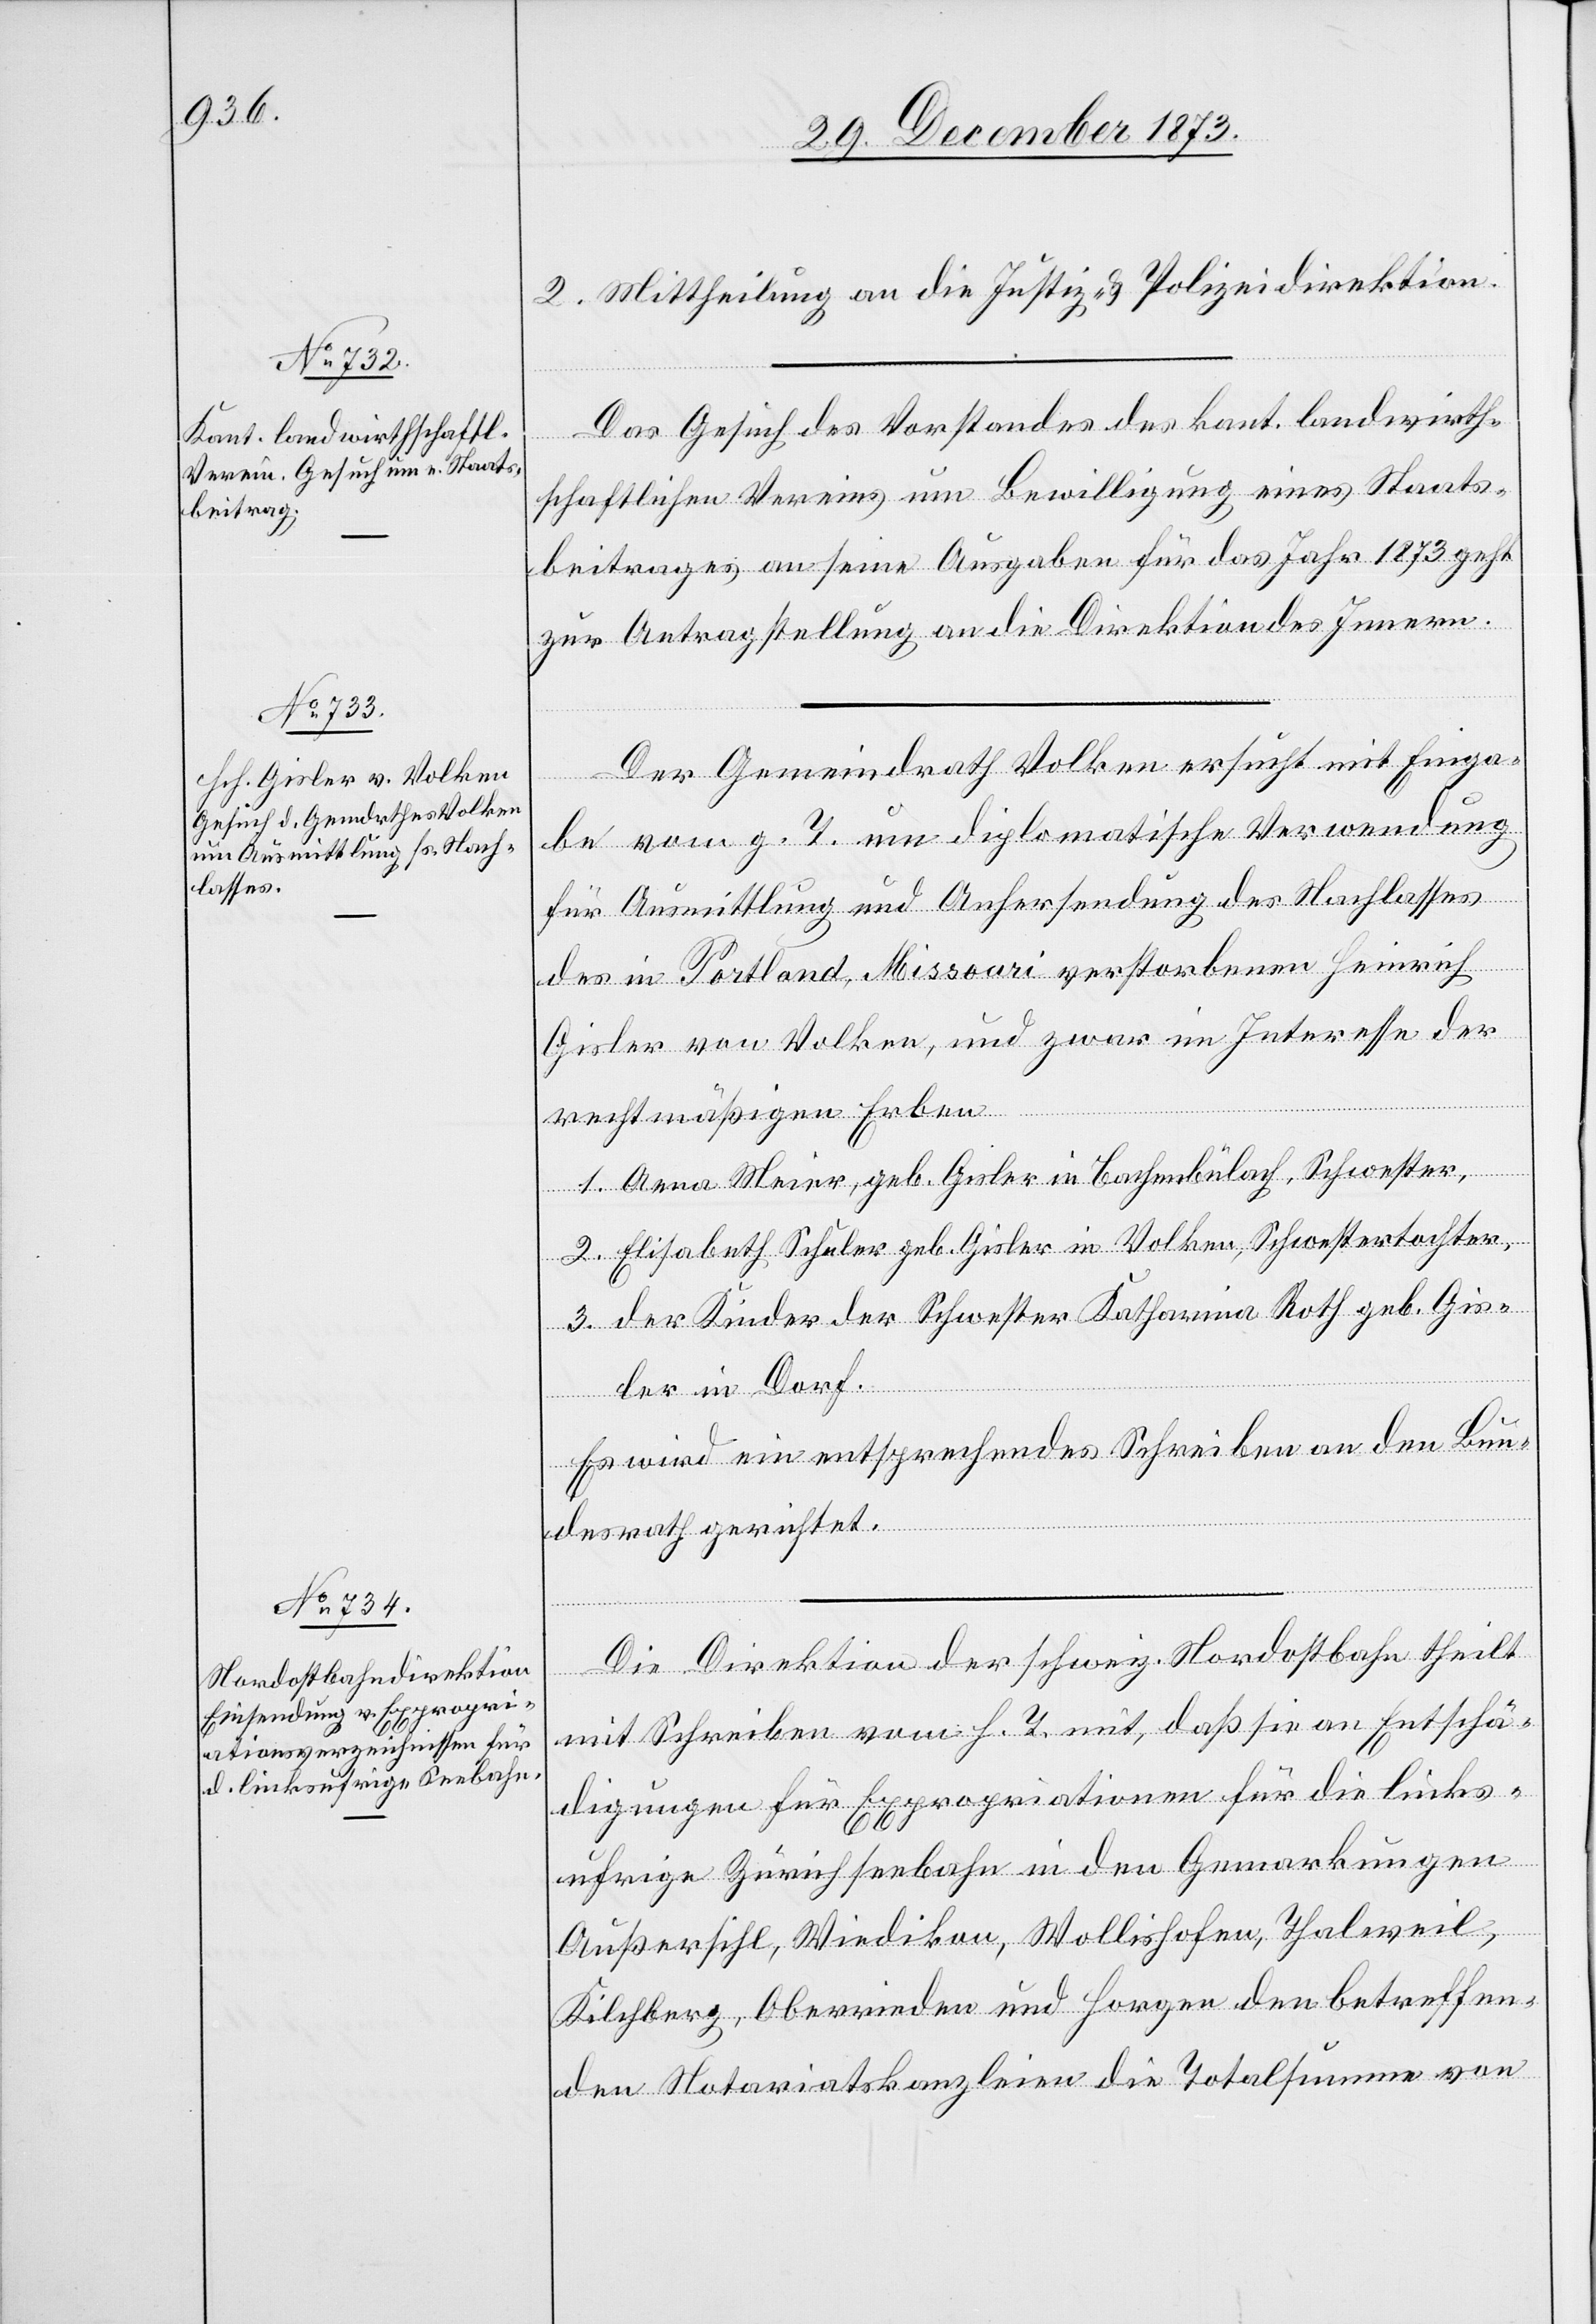
2. Mittheilung an die Justiz- & Polizeidirektion.
Das Gesuch des Vorstandes des kant. landwirth¬
schaftlichen Vereins um Bewilligung eines Staats¬
beitrages an seine Ausgaben für das Jahr 1873 geht
zur Antragstellung an die Direktion des Innern.
Der Gemeindrath Volken ersucht mit Einga¬
Januar
be vom g. T. um diplomatische Verwendung
für Ausmittlung und Anhersendung des Nachlasses
des in Portland, Missouri verstorbenen Heinrich
Gisler von Volken, und zwar im Interesse der
rechtmäßigen Erben
1. Anna Meier, geb. Gisler in Bachenbülach, Schwester,
2. Elisabeth Schuler geb. Gisler in Volken, Schwestertochter,
3. der Kinder der Schwester Katharina Roth geb. Gis¬
ler in Dorf.
Es wird ein entsprechendes Schreiben an den Bun¬
desrath gerichtet.
Die Direktion der schweiz. Nordostbahn theilt
mit Schreiben vom h. T. mit, daß sie an Entschä¬
digungen für Expropriationen für die links¬
ufrige Zürichseebahn in den Gemarkungen
6.
Außersihl, Wiedikon, Wollishofen, Thalweil,
Kilchberg, Oberrieden und Horgen den betreffen¬
den Notariatskanzleien die Totalsumme von